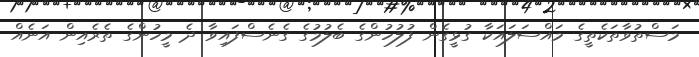
މަސްތުވާތަކެތީގެ މައްސަލައަކާ ގުޅީގެން ފުލުހުންގެ ބެލުމުގެ ގެނެސްފައިވާ ދެ މީހުންގެ ތެރެއިން އަނެއް